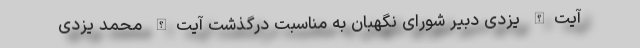
آیت‌الله یزدی دبیر شورای نگهبان به مناسبت درگذشت آیت‌الله محمد یزدی